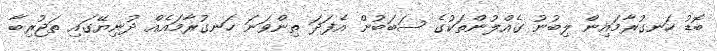
ބޮޑު ހަނގުރާމައިން ލިބުނު ގެއްލުންތަކުގެ ސަބަބުން އެފަދަ ތިންވަނަ ހަނގުރާމައެއް ދުނިޔޭގައި ތަޖުރިބާ